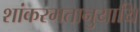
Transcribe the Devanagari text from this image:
शांकरमतानुयायि